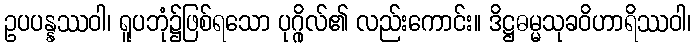
ဥပပန္နဿဝါ၊ ရူပဘုံ၌ဖြစ်ရသော ပုဂ္ဂိုလ်၏ လည်းကောင်း။ ဒိဋ္ဌဓမ္မသုခဝိဟာရိဿဝါ၊